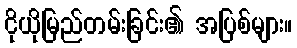
ငိုယိုမြည်တမ်းခြင်း၏ အပြစ်များ။